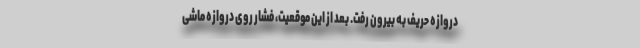
دروازه حریف به بیرون رفت. بعد از این موقعیت، فشار روی دروازه ماشی